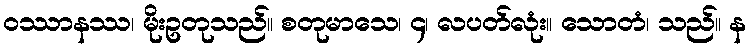
ဝဿာနဿ၊ မိုးဥတုသည်။ စတုမာသေ၊ ၄၊ လပတ်လုံး။ သောတံ၊ သည်။ န